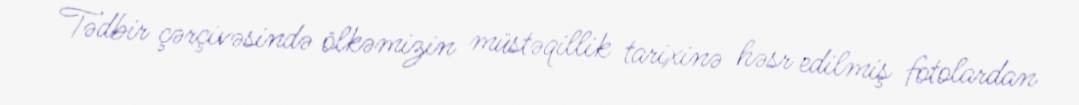
Tədbir çərçivəsində ölkəmizin müstəqillik tarixinə həsr edilmiş fotolardan